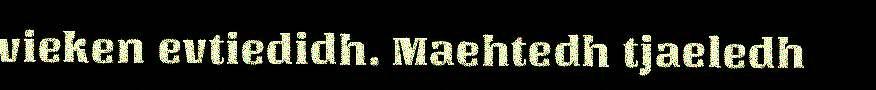
vieken evtiedidh. Maehtedh tjaeledh